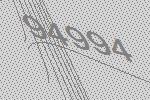
94994